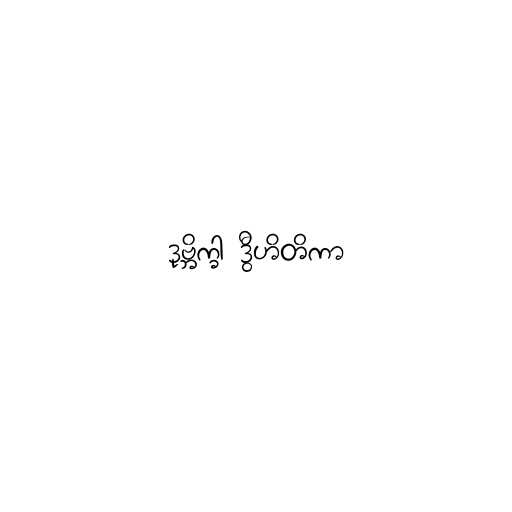
ဒုဗ္ဘိက္ခါ ဒွီဟိတိကာ